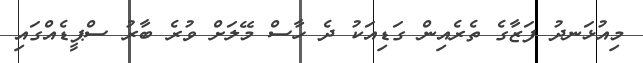
މިއުޅަނދު ފަޒާގެ ތެރެއިން ގަޑިއަކު ދެ ހާސް މޭލަށް ވުރެ ބާރު ސްޕީޑެއްގައި